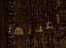
أعدتها